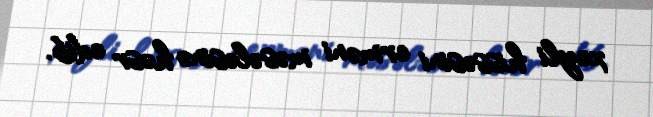
xeyli hissəsini erməni məsələsinə həsr edib.